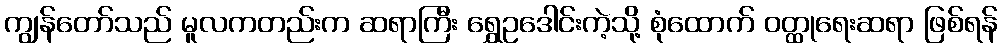
ကျွန်တော်သည် မူလကတည်းက ဆရာကြီး ရွှေဥဒေါင်းကဲ့သို့ စုံထောက် ဝတ္ထုရေးဆရာ ဖြစ်ရန်